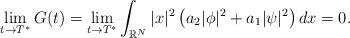
LaTeX: \begin{align*}\lim\limits_{t\rightarrow T^*}G(t)=\lim\limits_{t\rightarrow T^*}\int_{\mathbb{R}^N}|x|^2\left(a_2|\phi|^2+a_1|\psi|^2\right)dx=0.\end{align*}